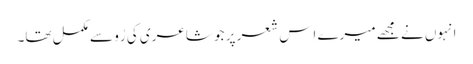
انہوں نے مجھے میرے اِس شعر پر جو شاعری کی رُو سے مکمل تھا۔